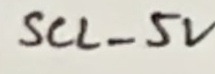
Text: SCL_5V